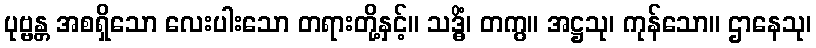
ပုဗ္ဗန္တ အစရှိသော လေးပါးသော တရားတို့နှင့်။ သဒ္ဓိံ၊ တကွ။ အဋ္ဌသု၊ ကုန်သော။ ဌာနေသု၊